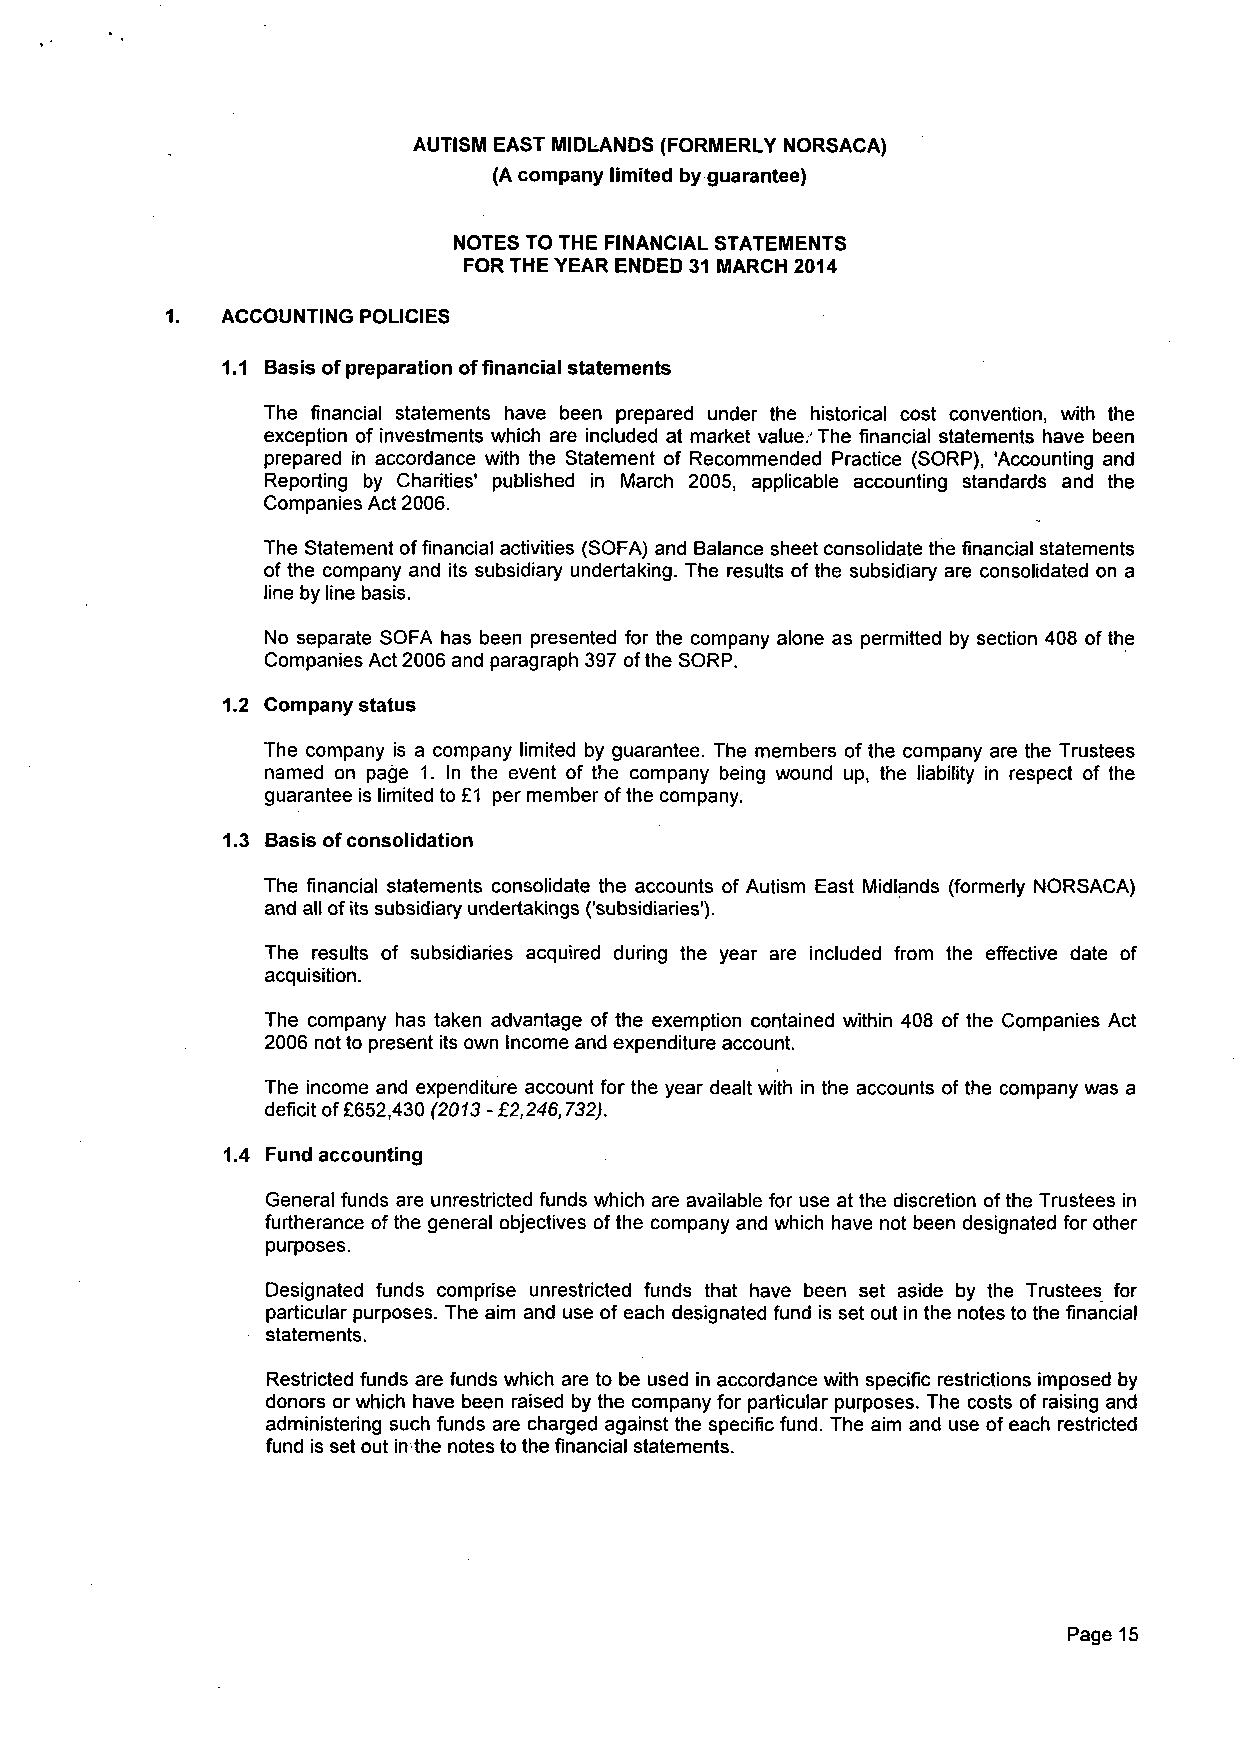
AUTISM EAST MIDLANDS (FORMERLY NORSACA)
 (A company limited by guarantee)
 NOTES TO THE FINANCIAL STATEMENTS
 FOR THE YEAR ENDED 31 MARCH 2014
 1.  ACCOUNTING POLICIES
 1.1 Basis of preparation of financial statements
 The financial statements have been prepared under the historical cost convention, with the
 exception of investments which are included at market value.' The financial statements have been
 prepared in accordance with the Statement of Recommended Practice (SORP), 'Accounting and
 Reporting by Charities' published in March 2005, applicable accounting standards and the
 Companies Act 2006.
 The Statement of financial activities (SOFA) and Balance sheet consolidate the financial statements
 of the company and its subsidiary undertaking. The results of the subsidiary are consolidated on a
 line by line basis.
 No separate SOFA has been presented for the company alone as permitted by section 408 of the
 Companies Act 2006 and paragraph 397 of the SORP.
 1.2 Company status
 The company is a company limited by guarantee. The members of the company are the Trustees
 named on page 1. In the event of the company being wound up, the liability in respect of the
 guarantee is limited to £1 per member of the company.
 1.3 Basis of consolidation
 The financial statements consolidate the accounts of Autism East Midlands (formerly NORSACA)
 and all of its subsidiary undertakings ('subsidiaries').
 The results of subsidiaries acquired during the year are included from the effective date of
 acquisition.
 The company has taken advantage of the exemption contained within 408 of the Companies Act
 2006 not to present its own Income and expenditure account.
 The income and expenditure account for the year dealt with in the accounts of the company was a
 deficit of £652,430 (2013 - £2,246,732).
 1.4 Fund accounting
 General funds are unrestricted funds which are available for use at the discretion of the Trustees in
 furtherance of the general objectives of the company and which have not been designated for other
 purposes.
 Designated funds comprise unrestricted funds that have been set aside by the Trustees for
 particular purposes. The aim and use of each designated fund is set out in the notes to the financial
 statements.
 Restricted funds are funds which are to be used in accordance with specific restrictions imposed by
 donors or which have been raised by the company for particular purposes. The costs of raising and
 administering such funds are charged against the specific fund. The aim and use of each restricted
 fund is set out in the notes to the financial statements.
 Page 15